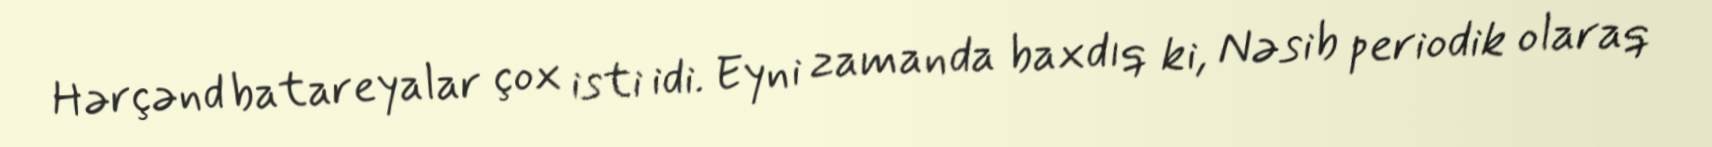
Hərçənd batareyalar çox isti idi. Eyni zamanda baxdıq ki, Nəsib periodik olaraq